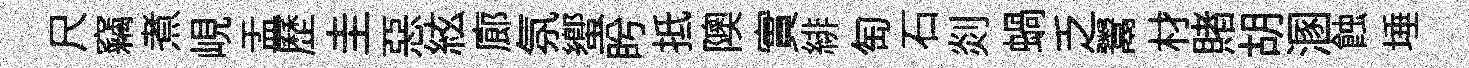
尺竊煮峴盂歷圭惡絃廊氛蠁盻抵隩實緋匋石剡蝸乏鬻材賭胡溷蝕埵